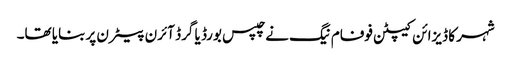
شہر کا ڈیزائن کیپٹن فوفام نیگ نے چپس بورڈ یا گرڈ آئرن پیٹرن پر بنایا تھا۔